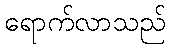
ရောက်လာသည်